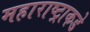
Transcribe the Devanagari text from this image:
महाराष्ट्राकडे